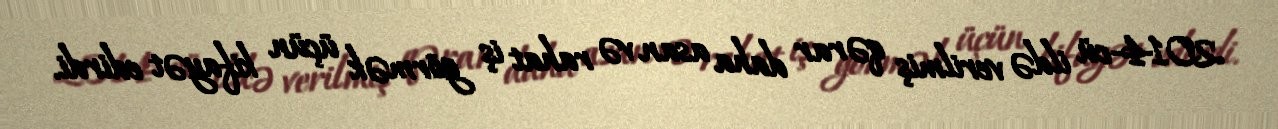
2014-cü ildə verilmiş qərar daha asan və rahat iş görmək üçün kifayət edirdi.